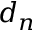
d _ { n }